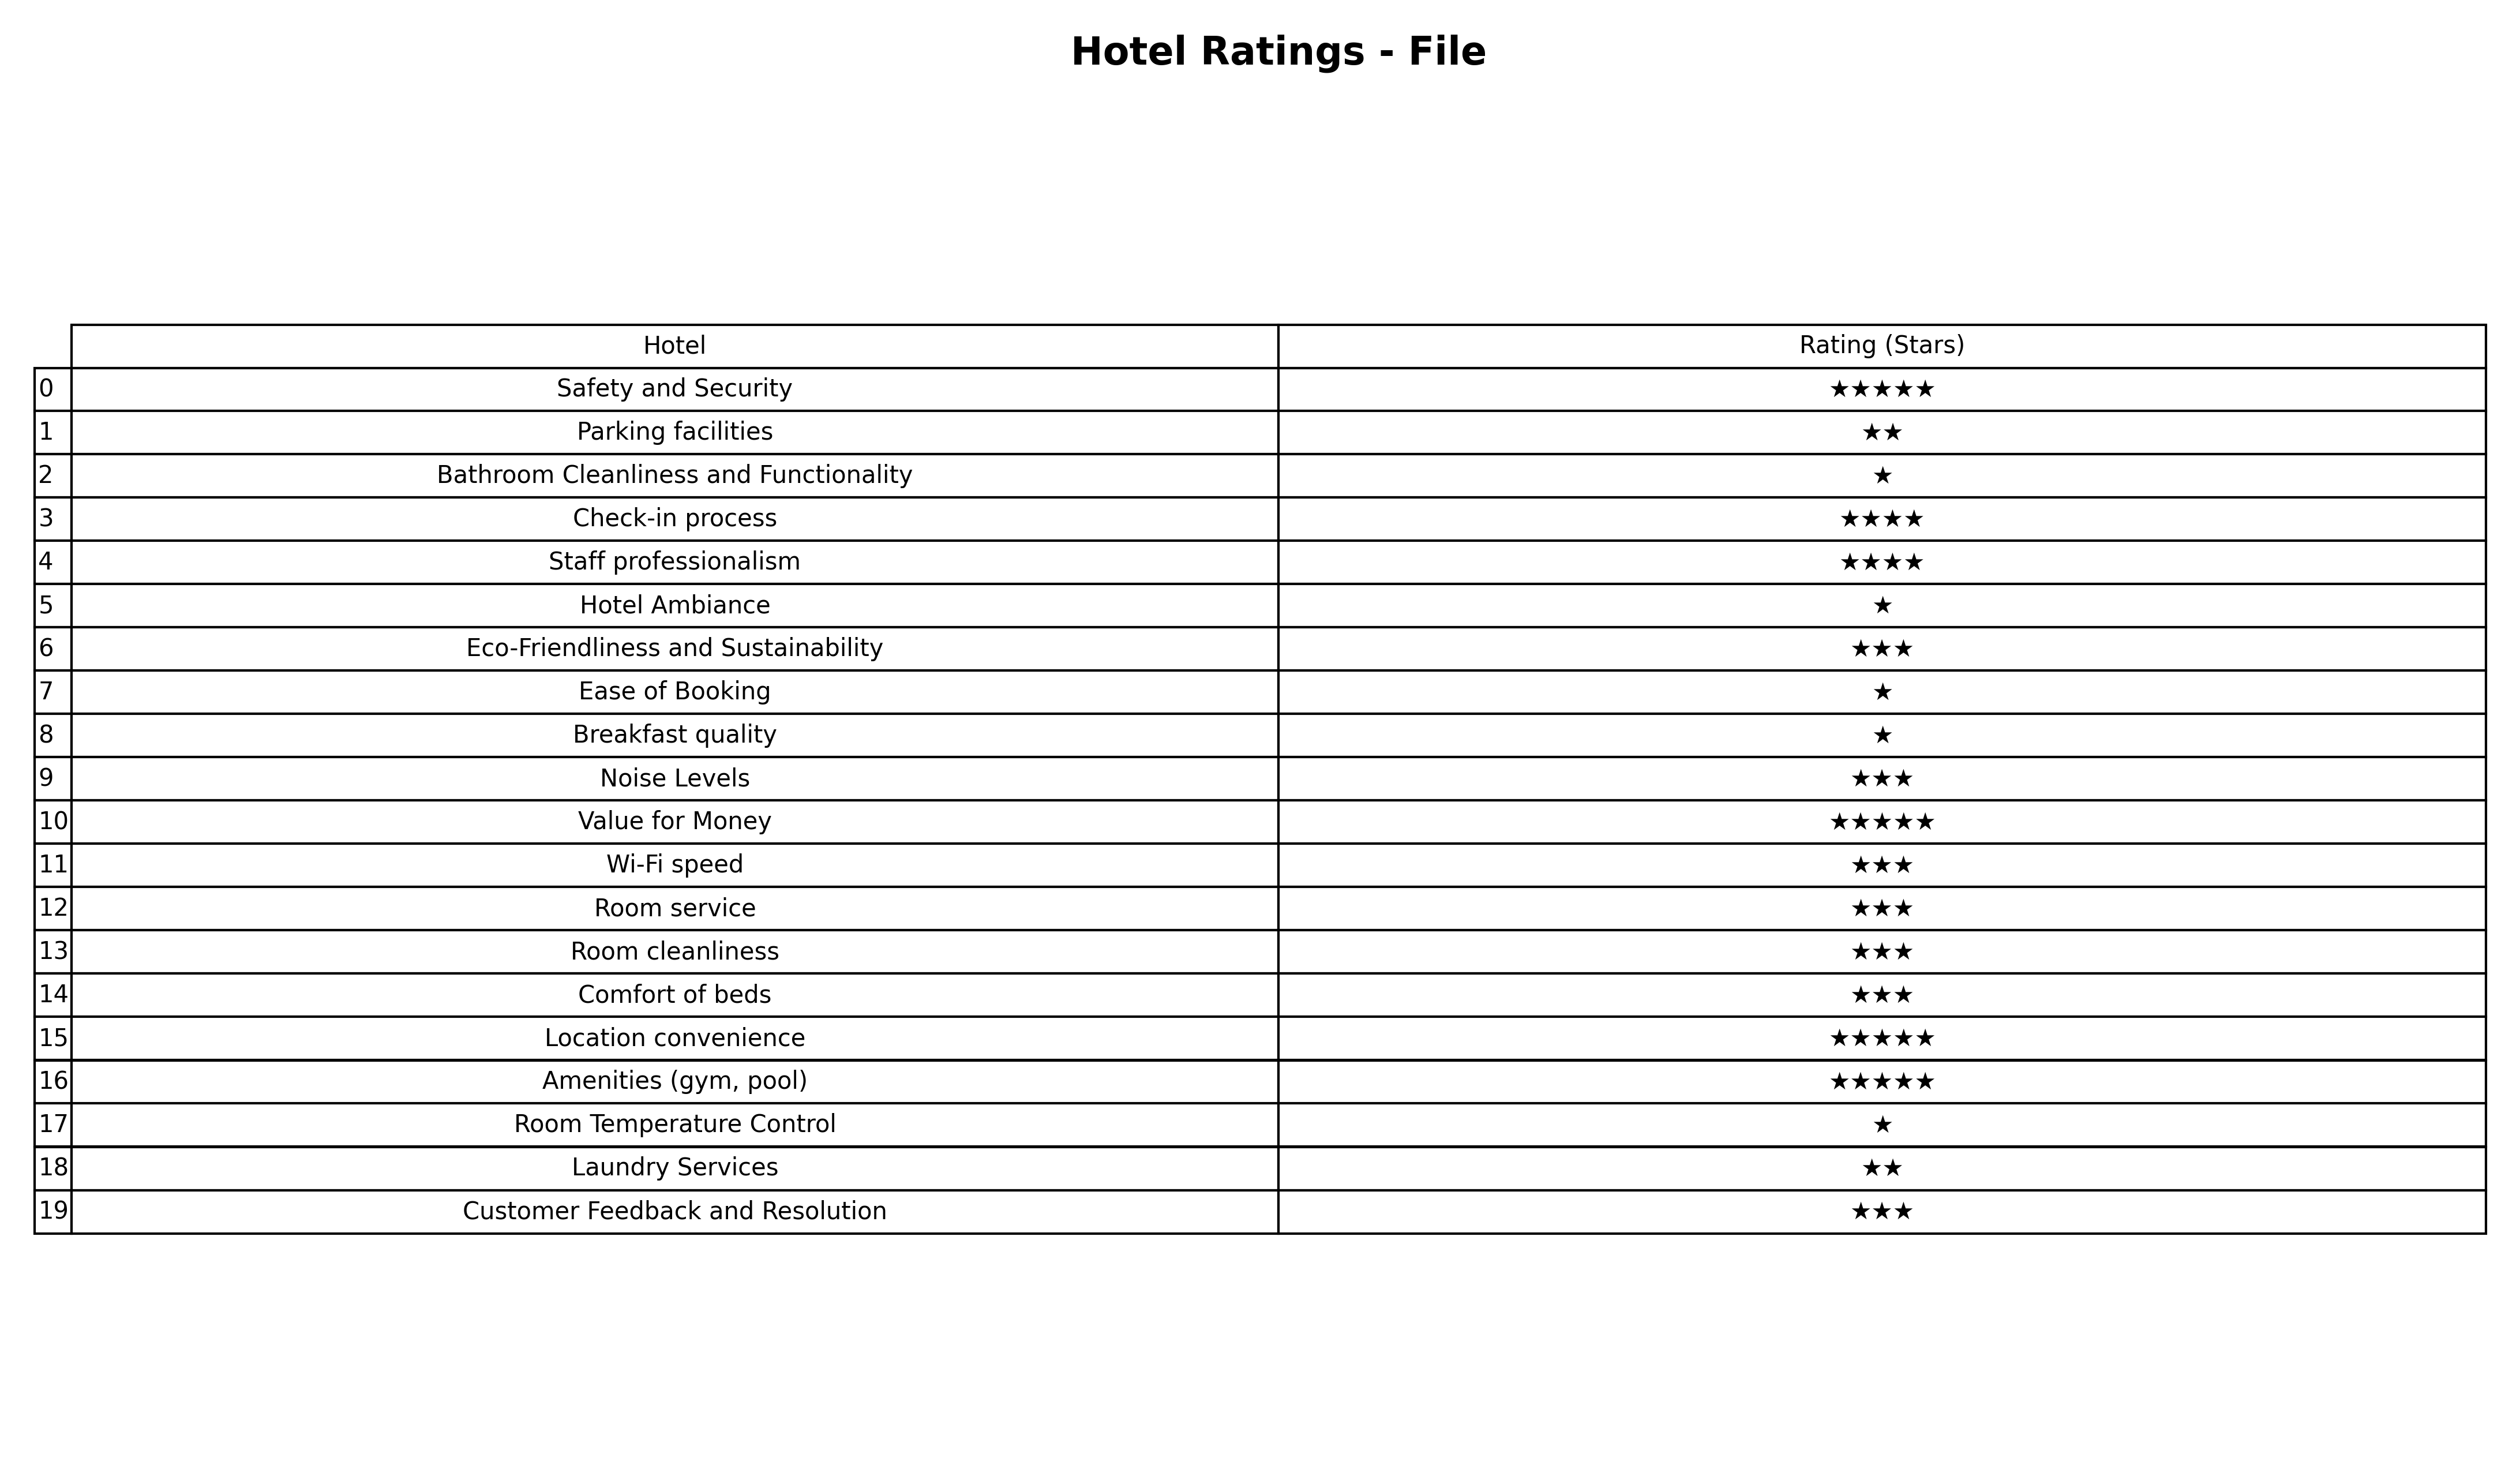
question: What is the rating of Noise Levels?
answer: ★★★